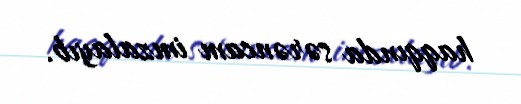
haqqında sərəncam imzalayıb.